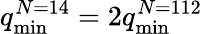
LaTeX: q_{\mathrm{min}}^{N=14}=2q_{\mathrm{min}}^{N=112}